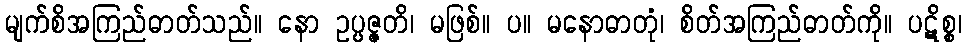
မျက်စိအကြည်ဓာတ်သည်။ နော ဥပ္ပဇ္ဇတိ၊ မဖြစ်။ ပ။ မနောဓာတုံ၊ စိတ်အကြည်ဓာတ်ကို။ ပဋိစ္စ၊